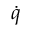
\dot { q }